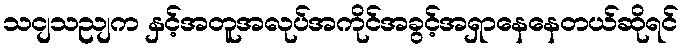
သငျသညျက နှင့်အတူအလုပ်အကိုင်အခွင့်အရှာနေနေတယ်ဆိုရင်